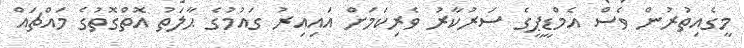
މީގެއިތުރުން ވެސް އެމްޑީޕީގެ ސަރުކާރު ވެރިކަމަށް އައިއިރު ގައުމުގެ ޙާލަތު އޮތްގޮތުގެ މައްޗައް